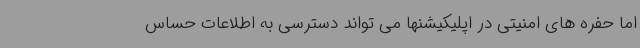
اما حفره های امنیتی در اپلیکیشنها می تواند دسترسی به اطلاعات حساس